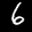
Label: 6